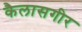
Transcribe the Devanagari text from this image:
कैलासगीर